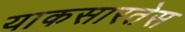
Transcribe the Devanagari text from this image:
याकसारतेस